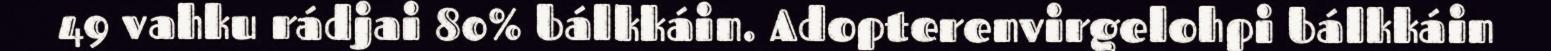
49 vahku rádjai 80% bálkkáin. Adopterenvirgelohpi bálkkáin